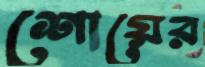
শোয়ের